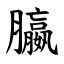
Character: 䑉